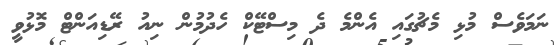
ނަމަވެސް މުޅި މެޗުގައި އެންމެ ދެ މިސްޓޭކް ހެދުމުން ނިއު ރޭޑިއަންޓް މޮޅުވީ